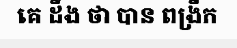
គេ ដឹង ថា បាន ពង្រីក